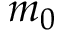
m _ { 0 }